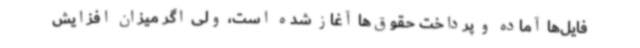
فایل‌ها آماده و پرداخت حقوق‌ها آغاز شده است، ولی اگر میزان افزایش